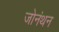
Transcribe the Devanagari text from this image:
जोनंथन